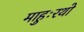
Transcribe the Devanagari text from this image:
माहुःरथो